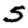
Digit: 5